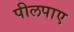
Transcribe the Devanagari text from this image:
पीलपाए